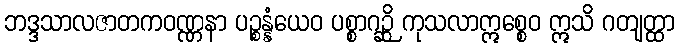
ဘဒ္ဒသာလဇာတကဝဏ္ဏနာ ပဉ္စန္နံယေဝ ပစ္စာဂဉ္ဆိ ကုသလာဣစ္စေဝ ဣသိ ဂတျတ္ထာ